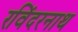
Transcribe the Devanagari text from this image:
रविंदरनाथ